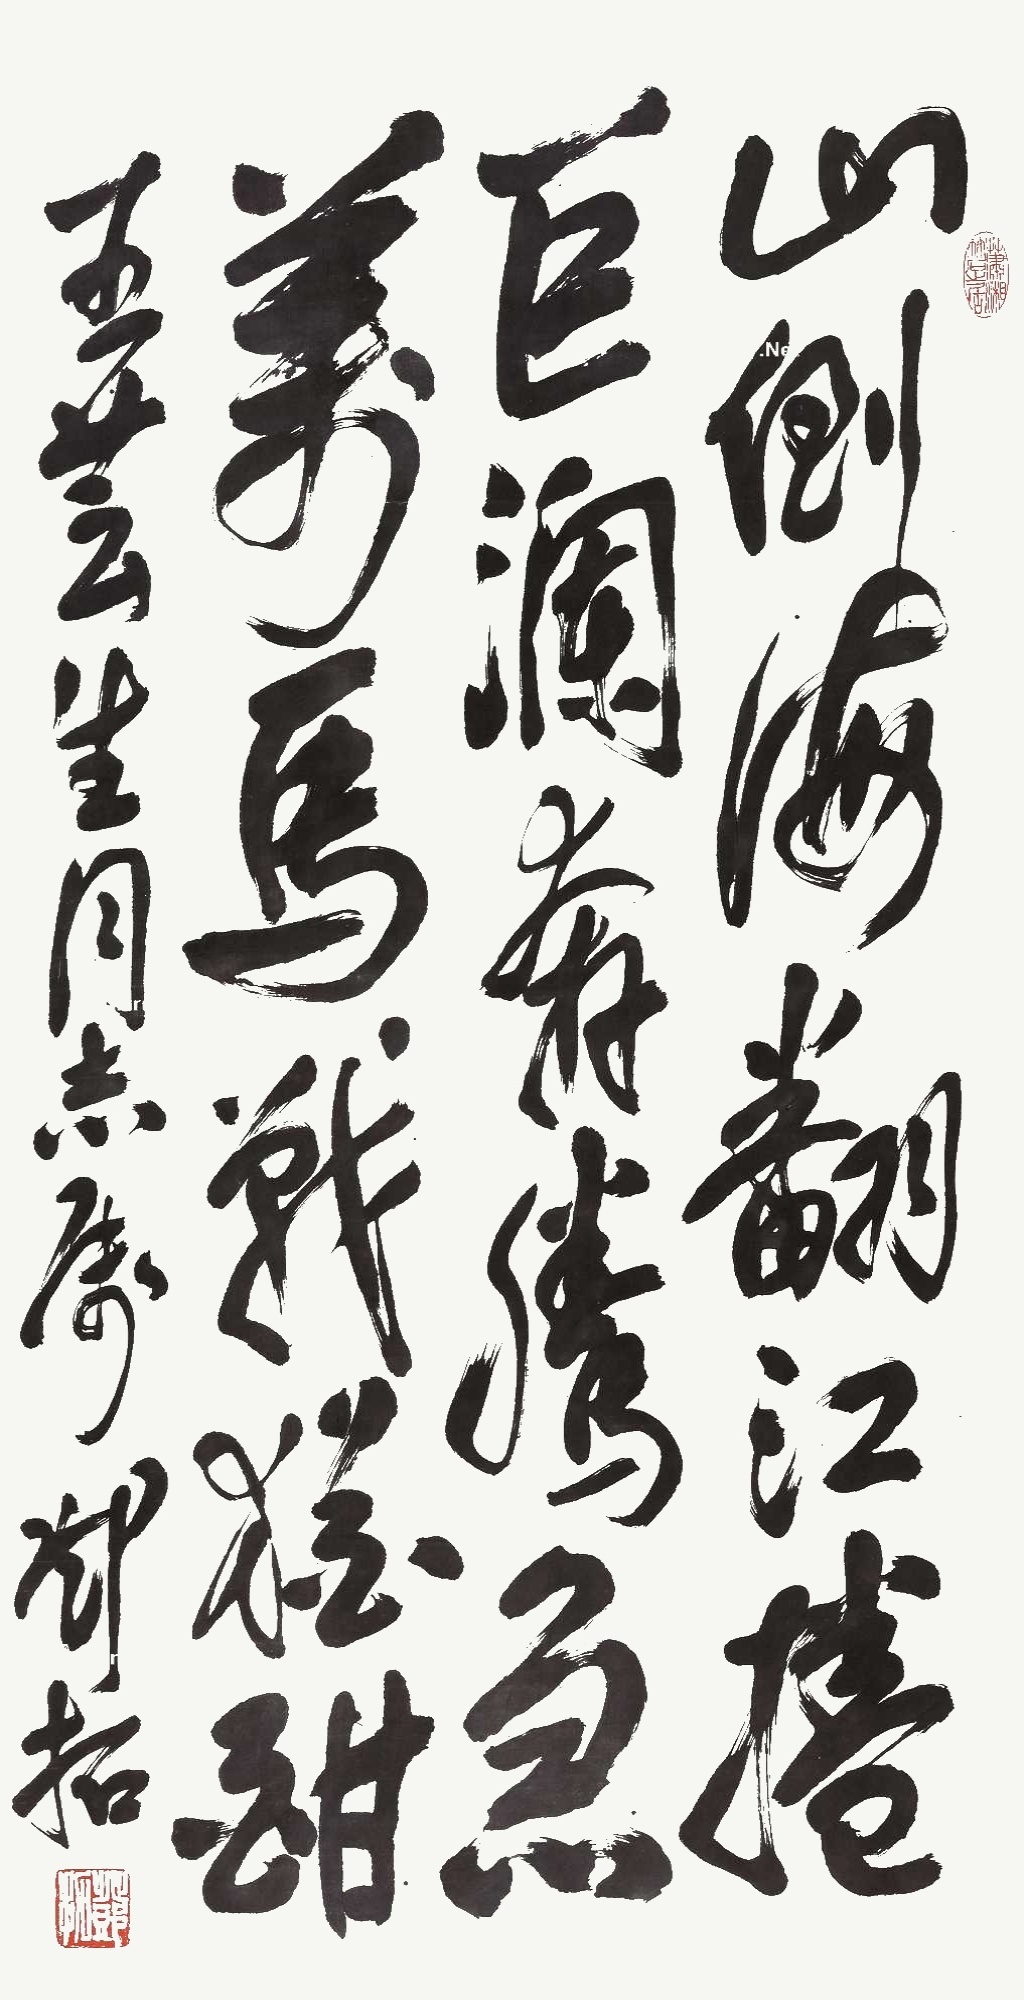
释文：山，倒海翻江卷巨澜。奔腾急，万马战犹酣。王芸生同志属，邓拓。